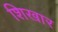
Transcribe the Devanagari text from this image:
शिखार